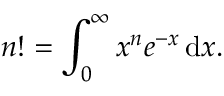
n ! = \int _ { 0 } ^ { \infty } x ^ { n } e ^ { - x } \, \mathrm { { d } } x .